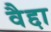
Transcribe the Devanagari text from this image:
वैद्दा